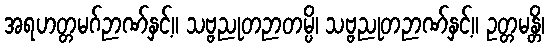
အရဟတ္တမဂ်ဉာဏ်နှင့်။ သဗ္ဗညုတဉာတမ္ပိ၊ သဗ္ဗညုတဉာဏ်နှင့်။ ဥတ္တမန္တိ၊